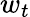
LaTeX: w_{t}